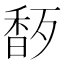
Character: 𬳜